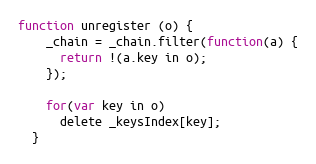
Language: JavaScript
function unregister (o) {
    _chain = _chain.filter(function(a) {
      return !(a.key in o);
    });

    for(var key in o)
      delete _keysIndex[key];
  }